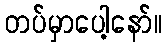
တပ်မှာပေါ့နော်။